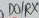
Text: D0/RX